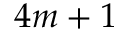
4 m + 1